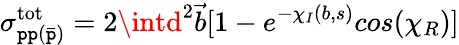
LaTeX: \sigma_{\mathtt{p}\mathtt{p}(\bar{{\mathtt{p}}})}^{\mathrm{{tot}}}=2\intd^{2}{\vec{{b}}}[1-e^{-\chi_{I}(b,s)}cos(\chi_{R})]